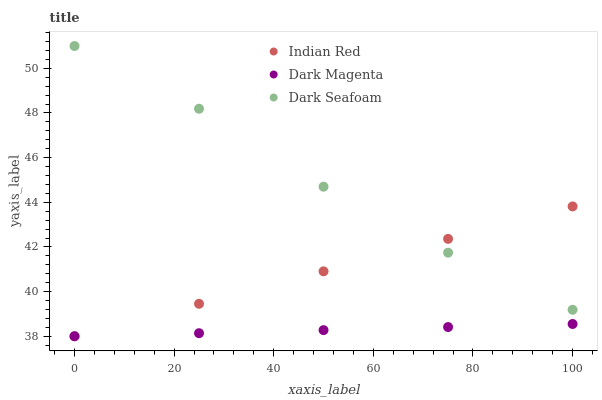
| xaxis_label | Indian Red | Dark Magenta | Dark Seafoam |
 | --- | --- | --- | --- |
 | 0 | 38 | 38 | 51 |
 | 25 | 39.5 | 38.1 | 48.2 |
 | 50 | 40.9 | 38.3 | 44.7 |
 | 75 | 42.4 | 38.4 | 41.7 |
 | 100 | 43.8 | 38.5 | 39.2 |